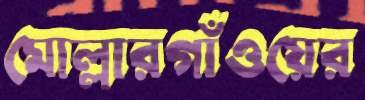
মোল্লারগাঁওয়ের